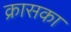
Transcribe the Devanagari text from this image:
क्रासका